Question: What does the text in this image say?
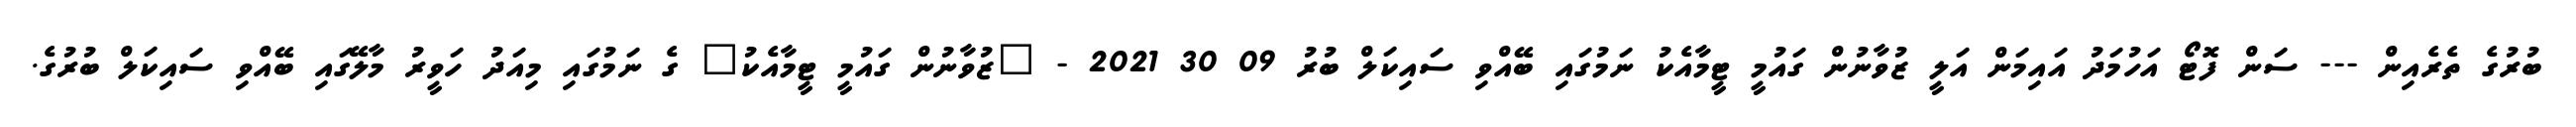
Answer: ބުރުގެ ތެރެއިން --- ސަން ފޮޓޯ އަހުމަދު އައިމަން އަލީ ޒުވާނުން ގައުމީ ޓީމާއެކު ނަމުގައި ބޭއްވި ސައިކަލް ބުރު 09 30 2021 - "ޒުވާނުން ގައުމީ ޓީމާއެކު" ގެ ނަމުގައި މިއަދު ހަވީރު މާލޭގައި ބޭއްވި ސައިކަލް ބުރުގެ.